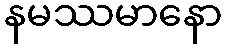
နမဿမာနော